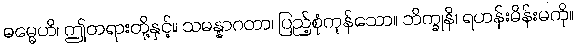
ဓမ္မေဟိ၊ ဤတရားတို့နှင့်။ သမန္နာဂတာ၊ ပြည့်စုံကုန်သော။ ဘိက္ခုနိ၊ ရဟန်းမိန်းမကို။